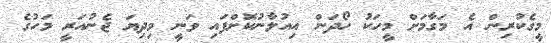
މީގެކުރިން އެ މަގާމަށް މީހަކު ހޯދަން އިއުލާނުކޮށްފައި ވަނީ މިދިޔަ ޖެނުއަރީ މަހުގެ